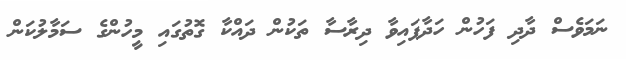
ނަމަވެސް ދާދި ފަހުން ހަދާފައިވާ ދިރާސާ ތަކުން ދައްކާ ގޮތުގައި މީހުންގެ ސަމާލުކަން